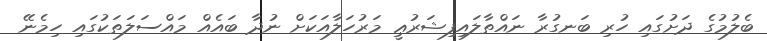
ބެލުމުގެ ދަށުގައި ހުރި ބަނގުރާ ނައްތާލައިފިޝަރުޢީ މަރުހަލާއަކަށް ނުދާ ބައެއް މައްސަލަތަކުގައި ހިމެނޭ